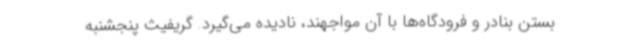
بستن بنادر و فرودگاه‌ها با آن مواجهند، نادیده می‌گیرد. گریفیث پنجشنبه